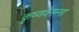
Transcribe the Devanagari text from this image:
कृष्णवेनम्मा